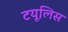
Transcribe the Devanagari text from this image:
टयूलिस